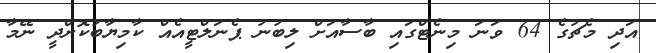
އަދި މެޗުގެ 64 ވަނަ މިނެޓްގައި ބާސާއަށް ލިބުނު ޕެނަލްޓީއެއް ކާމިޔާބުކޮށްދީ ނޭމާ